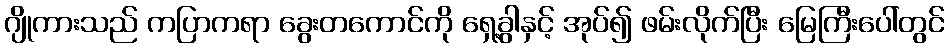
ဂျိုကားသည် ကပြာကရာ ခွေးတကောင်ကို ရှေ့ခွါနှင့် အုပ်၍ ဖမ်းလိုက်ပြီး မြေကြီးပေါ်တွင်